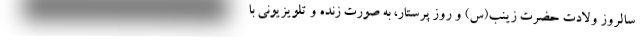
سالروز ولادت حضرت زینب(س) و روز پرستار، به صورت زنده و تلویزیونی با